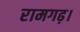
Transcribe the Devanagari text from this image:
रामगढ़।